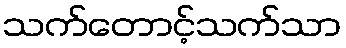
သက်တောင့်သက်သာ